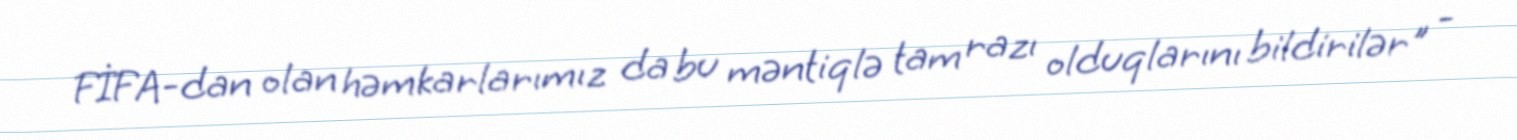
FİFA-dan olan həmkarlarımız da bu məntiqlə tam razı olduqlarını bildirilər" -